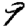
Digit: 9